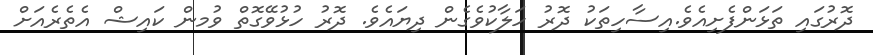
ދޮރުގައި ތަޅަންފެށިއެވެ.އިސާހިތަކު ދޮރު ހަލާކުވެގެން ދިޔައެވެ. ދޮރު ހުޅުވޭގޮތް ވުމން ކައިޝް އެތެރެއަށް